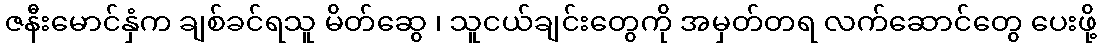
ဇနီးမောင်နှံက ချစ်ခင်ရသူ မိတ်ဆွေ ၊ သူငယ်ချင်းတွေကို အမှတ်တရ လက်ဆောင်တွေ ပေးဖို့